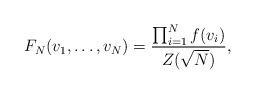
\begin{align*}F_N(v_1,\dots,v_N)=\frac{\prod_{i=1}^{N} f(v_i)}{Z(\sqrt{N})},\end{align*}